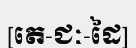
[តេ-ជៈ-ដៃ]